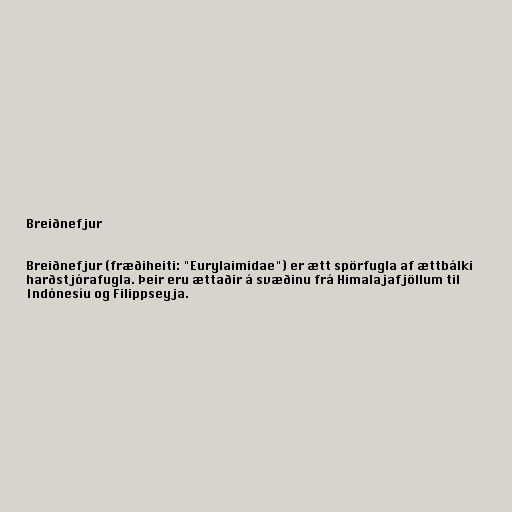
Breiðnefjur

Breiðnefjur (fræðiheiti: "Eurylaimidae") er ætt spörfugla af ættbálki
harðstjórafugla. Þeir eru ættaðir á svæðinu frá Himalajafjöllum til
Indónesíu og Filippseyja.